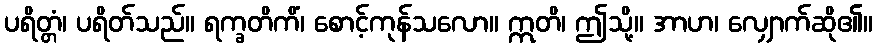
ပရိတ္တံ၊ ပရိတ်သည်။ ရက္ခတိကိံ၊ စောင့်ကုန်သလော။ ဣတိ၊ ဤသို့။ အာဟ၊ လျှောက်ဆို၏။